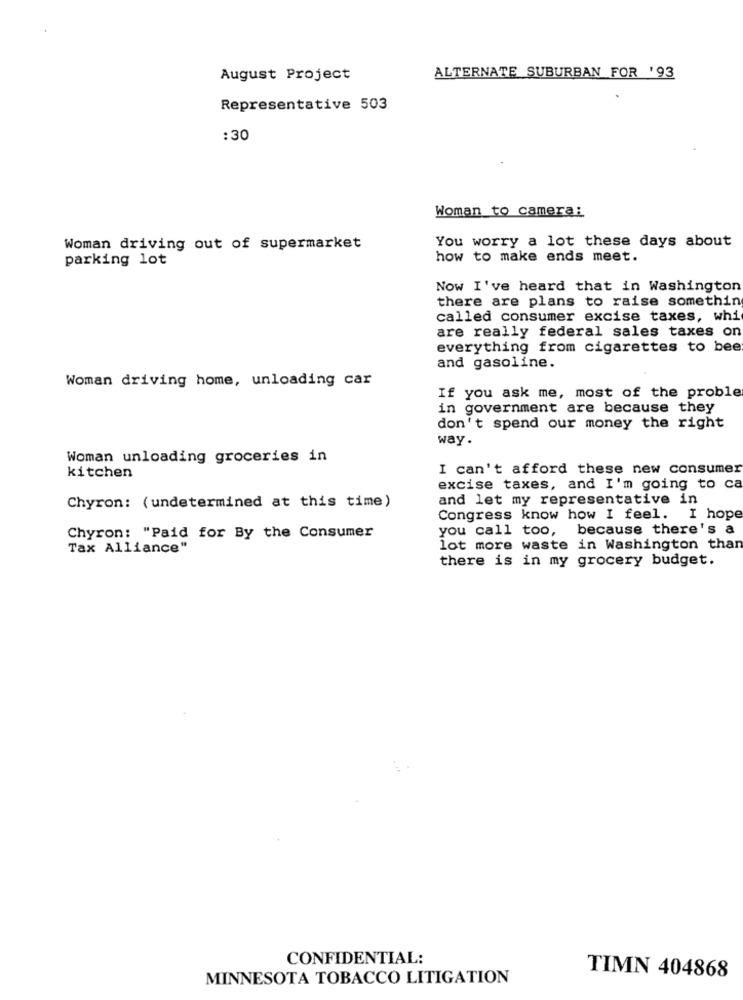
August Project
ALTERNATE SUBURBAN FOR '93
Representative 503
: 30
Woman to camera:
You worry a lot these days about
Woman driving out of supermarket
parking lot
how to make ends meet.
Now I've heard that in Washington
there are plans to raise something
called consumer excise taxes, whi
are really federal sales taxes on
everything from cigarettes to bee
and gasoline.
Woman driving home, unloading car
If you ask me, most of the proble
in government are because they
don't spend our money the right
way.
Woman unloading groceries in
I can't afford these new consumer
kitchen
excise taxes, and I'm going to ca
and let my representative in
Chyron: (undetermined at this time)
Congress know how I feel. I hope
you call too, because there's a
Chyron: "Paid for By the Consumer
Tax Alliance"
lot more waste in Washington than
there is in my grocery budget.
CONFIDENTIAL:
MINNESOTA TOBACCO LITIGATION
TIMN 404868